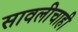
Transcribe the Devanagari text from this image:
सावलीचाही